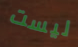
ليست